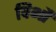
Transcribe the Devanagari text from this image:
विभौ